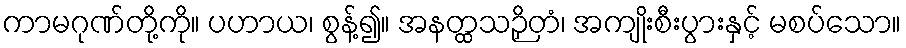
ကာမဂုဏ်တို့ကို။ ပဟာယ၊ စွန့်၍။ အနတ္ထသဉှိတံ၊ အကျိုးစီးပွားနှင့် မစပ်သော။